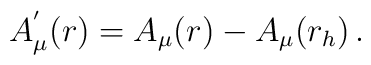
A_\mu^{'}(r) = A_\mu(r) - A_\mu(r_h)  \,  .